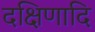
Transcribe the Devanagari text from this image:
दक्षिणादि